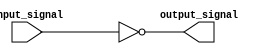
module active_low_buffer(
    input wire input_signal,
    output reg output_signal
);

    // NOT gate to invert the input signal
    assign output_signal = ~input_signal;

endmodule